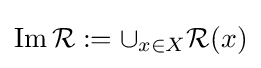
\operatorname {Im} {\mathcal {R}}:=\cup _{x\in X}{\mathcal {R}}(x)